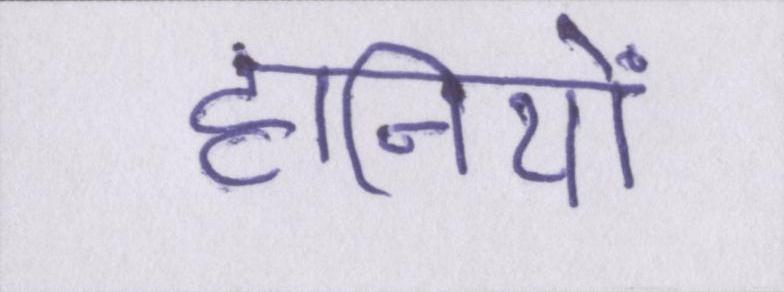
हानियों